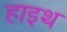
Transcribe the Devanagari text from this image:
हाइथ